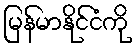
မြန်မာနိုင်ငံကို